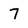
Character: 7